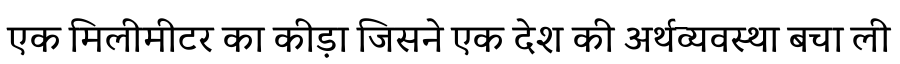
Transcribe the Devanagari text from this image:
एक मिलीमीटर का कीड़ा जिसने एक देश की अर्थव्यवस्था बचा ली